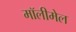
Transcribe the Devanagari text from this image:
मॉलीमेल